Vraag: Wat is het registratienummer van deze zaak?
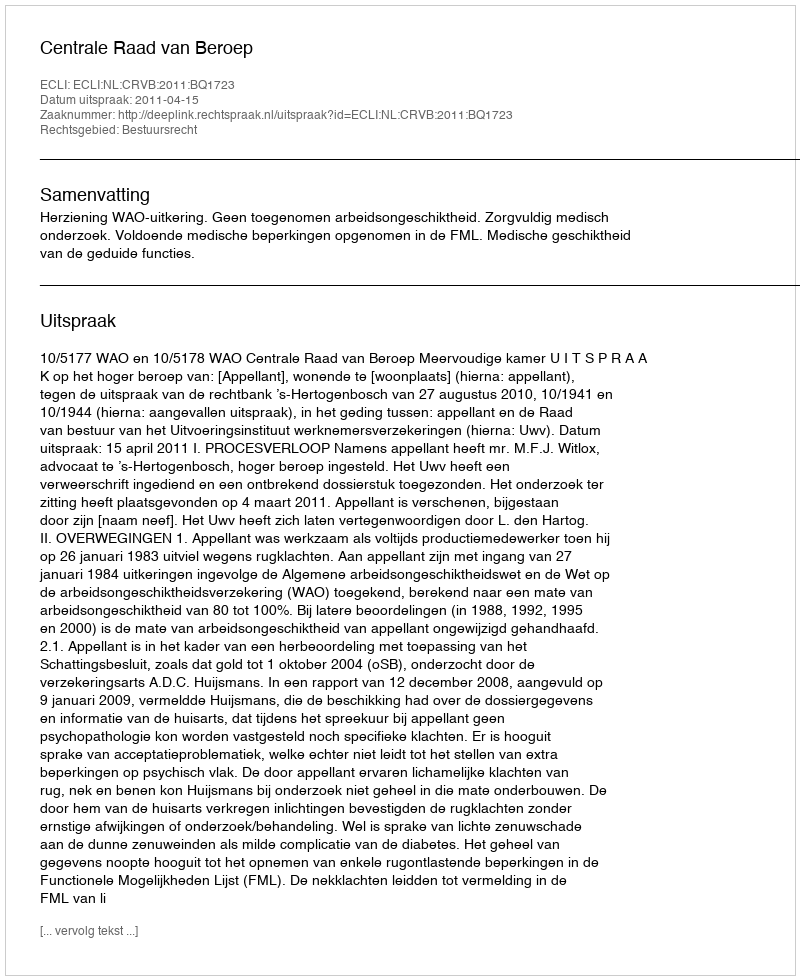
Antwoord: http://deeplink.rechtspraak.nl/uitspraak?id=ECLI:NL:CRVB:2011:BQ1723